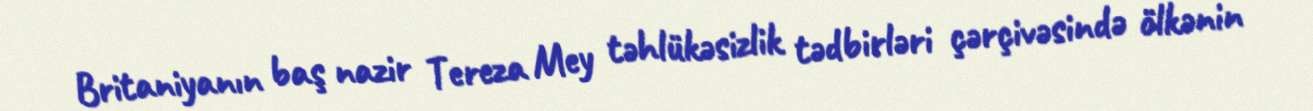
Britaniyanın baş nazir Tereza Mey təhlükəsizlik tədbirləri çərçivəsində ölkənin